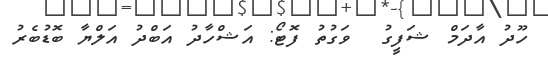
ހޫދު އާދަމް ޝަފީގު  ވަގުތު ފޮޓޯ: އަޝްހާދު އަބްދު އަލްޔާ ބޮޑުބެރު